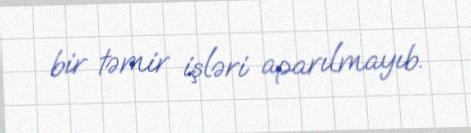
bir təmir işləri aparılmayıb.